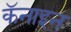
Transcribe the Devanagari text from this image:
कॅनाइन